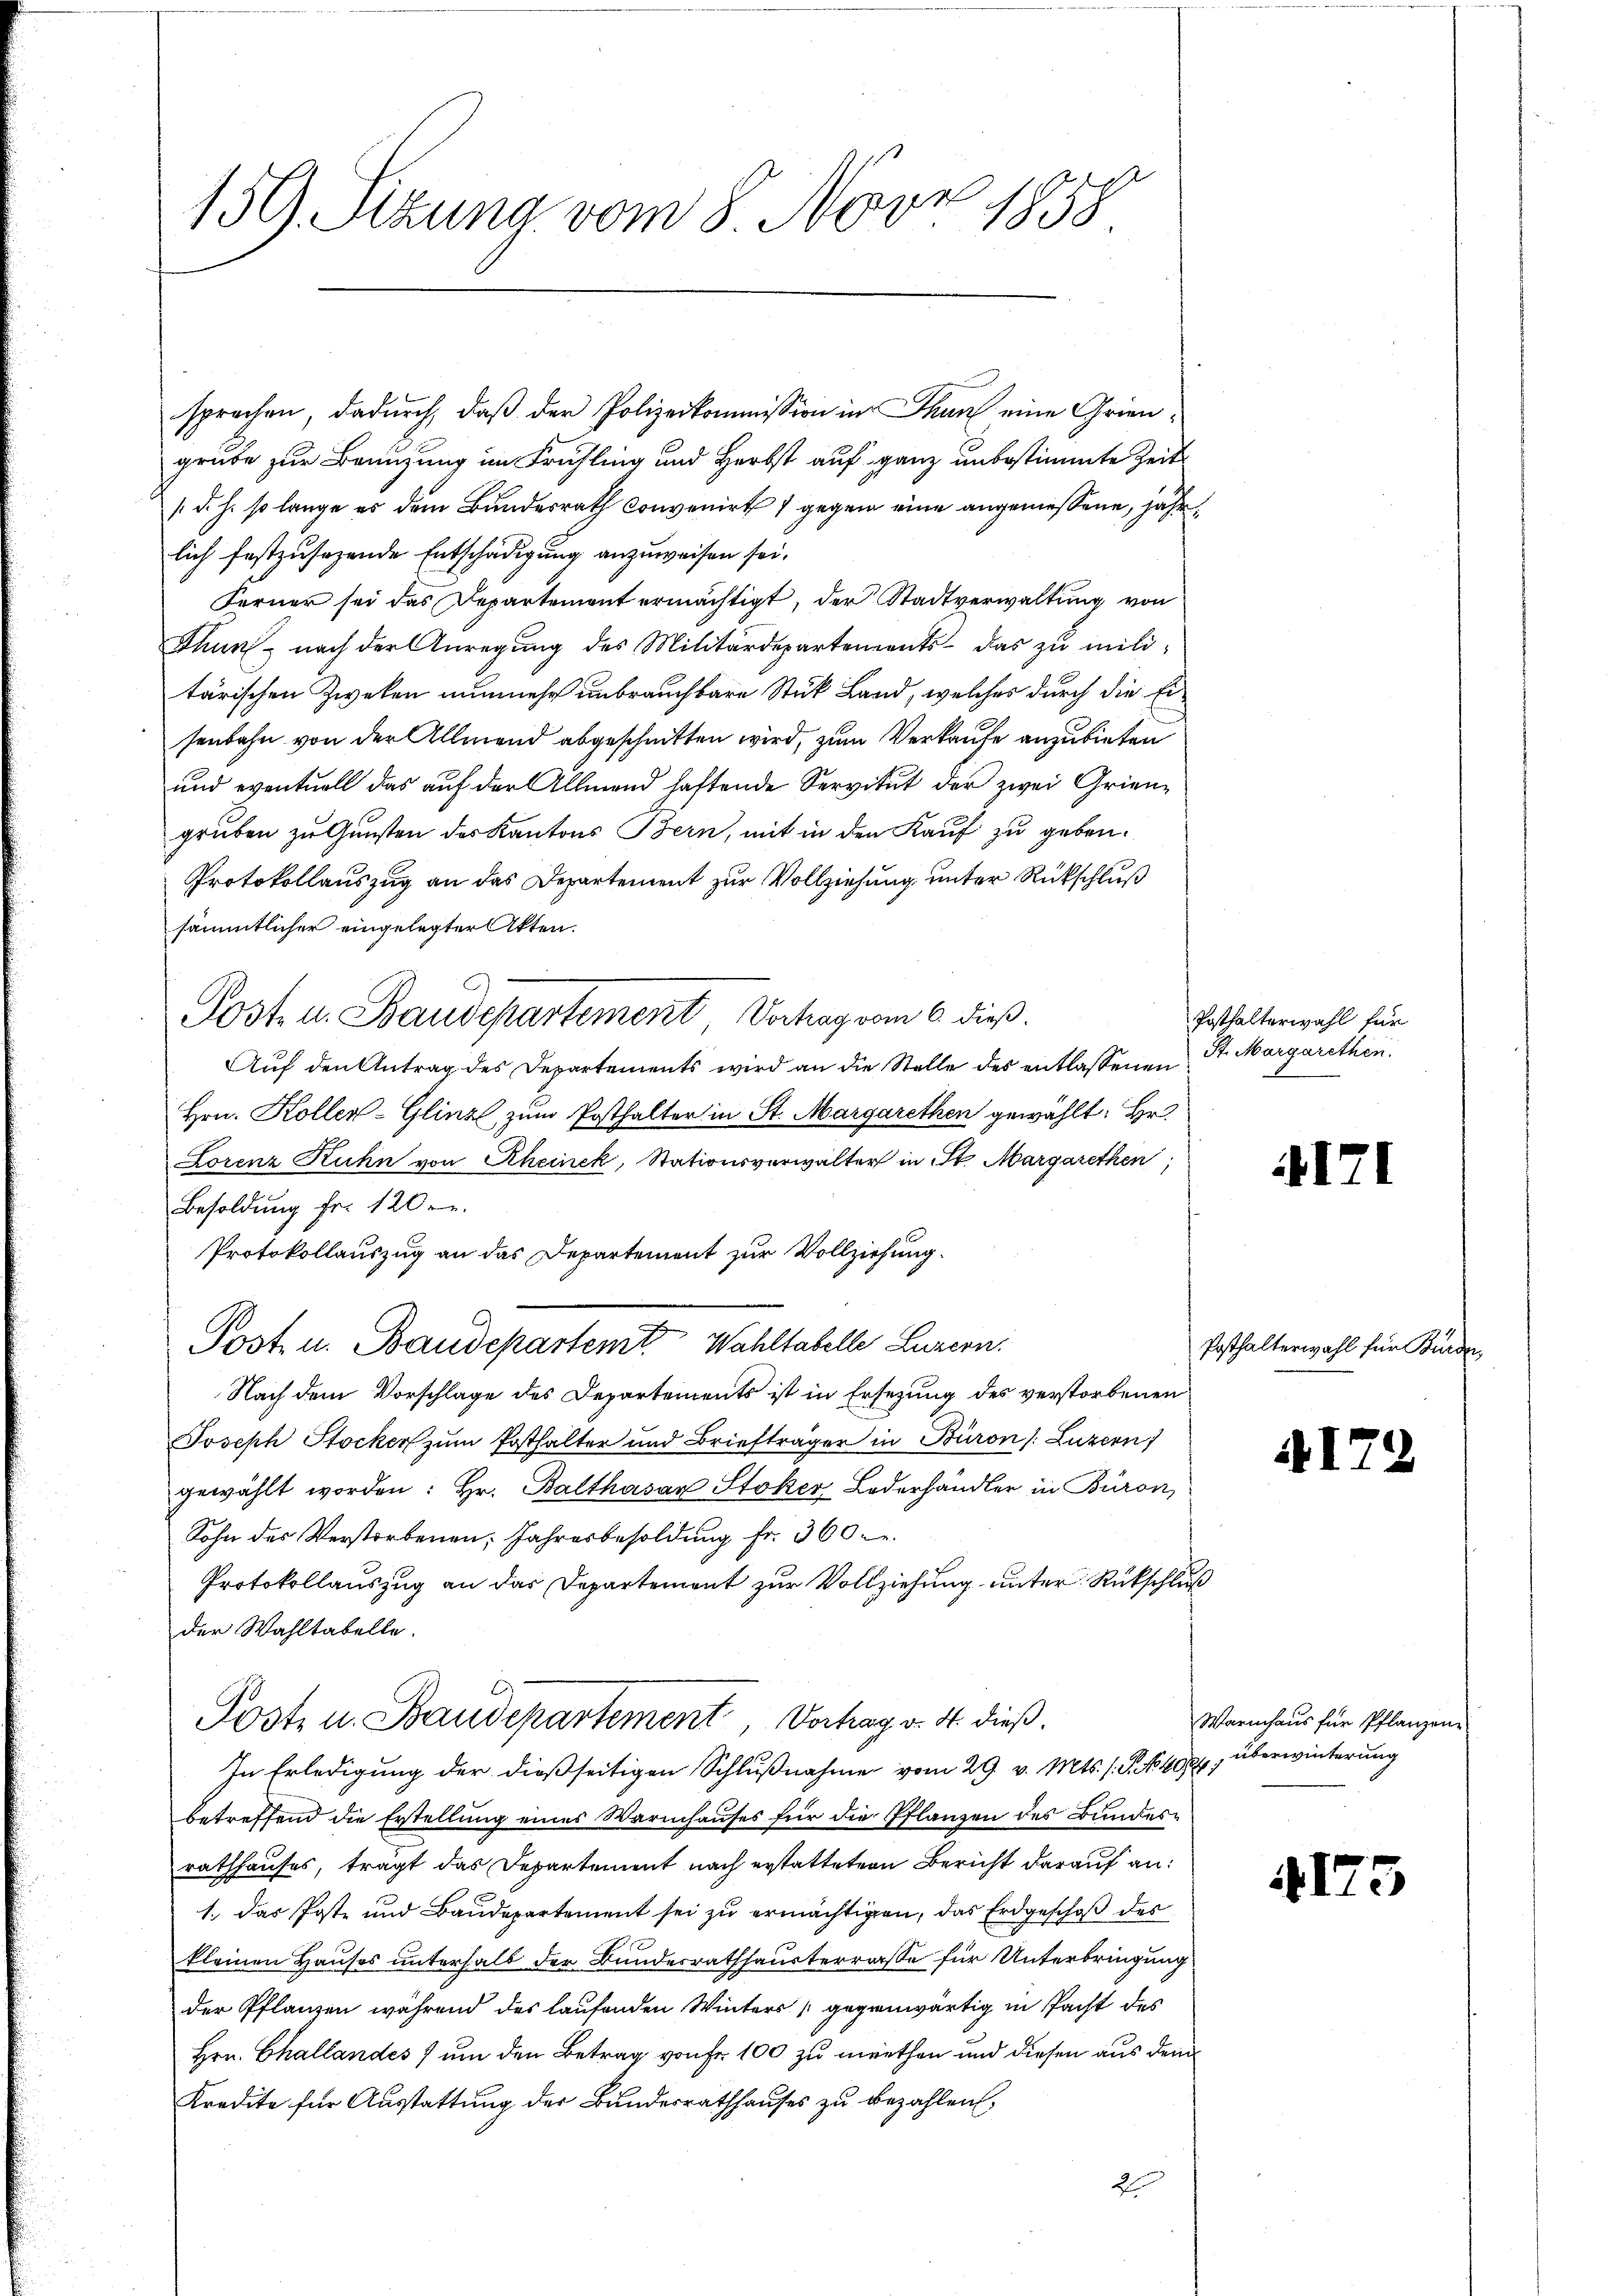
117
159. Sitzung vom 8. Nur v. 1858.

sprochen, dadurch, daß der Polizeikommission in Thun eine Griengrube zur Benuzung im Frühling und Herbst auf ganz unbestimmte Zeit
(d. h. so lange es dem Bundesrath convenirt gegen eine angemessene, jährlich festzusehende Entschädigung anzuweisen sei.
Ferner sei das Departement ermächtigt, der Stadtverwaltung von
Thun, nach der Anregung des Militärdepartements das zu militärischen Zweken nunmehr unbrauchbare Stück Land, welches durch die Eisenbahn von der Allmend abgeschnitten wird, zum Verkaufe anzubieten
und eventuell das auf der Allmend haftende Servitut der zwei Grien-
gruben zu Gunsten des Kantons Bern, mit in den Kauf zu geben.
Protokollauszug an das Departement zur Vollziehung unter Rückschluß
sämmtlicher eingelegter Akten.
Post u. Staudepartement, Vorhag vom 6. dieß.
Auf den Antrag des Departements wird an die Stelle des entlassenen St. Margarethen.
Hrn. Koller-Glinzl, zum Posthalter in St. Margarethen gewählt: Hr.
Lorenz Kuhn von Rheinek, Stationsverwalter in St. Margarethen,
Besoldung fr. 120.
Protokollauszug an das Departement zur Vollziehung.
Post u. Baudepartemt. Wahltabelle Luzern.
Nach dem Vorschlage des Departements ist in Ersezung des verstorbenen
Joseph Stocker zum Posthalter und Briefträger in Büron /: Luzern)
gewählt worden: Hr. Balthasar Stoker Lederhändler in Büron,
Sohn des Verstorbenen Jahresbesoldung fr. 360 f.
Protokollauszug an das Departement zur Vollziehung unter Rückschluß
der Wahltabelle.
Poste u. Staudepartement, Vorhag v. 31. dieß.
In Erledigung der dießseitigen Schlußnahme vom 29. v. Mts. s. S. No 408, überwinterung
betreffend die Erstellung eines Warmhauses für die Pflanzen des Bundesrathhauses, trägt das Departement nach erstattetern Bericht darauf an:
1. Das Poste und Baudepartement sei zu ermächtigen, das Erdgeschoß des
kleinen Hauses unterhalb der Bundesrathhausterrasse für Unterbringung
der Pflanzen während des laufenden Winters gegenwärtig in Pacht des
Hrn. Challandes 7 um den Betrag von Fr. 100 zu miethen und diesen aus dem
Kredite für Ausstattung der Bundesrathhauses zu bezahlen,
2

Posthalterwahl für

171

Posthalterwahl für Bürde,

4172

Warmhaus für Pflanzen

4175